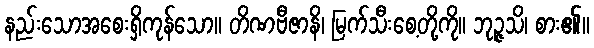
နည်းသောအစေးရှိကုန်သော။ တိဏဗီဇာနိ၊ မြက်သီးစေ့တို့ကို။ ဘုဉ္ဇသိ၊ စား၏။